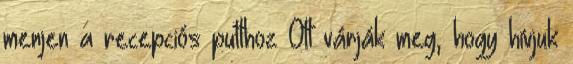
menjen a recepciós pulthoz Ott várják meg, hogy hívjuk